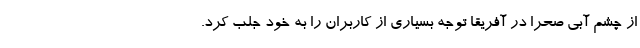
از چشم آبی صحرا در آفریقا توجه بسیاری از کاربران را به خود جلب کرد.